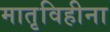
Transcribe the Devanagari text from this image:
मातृविहीना